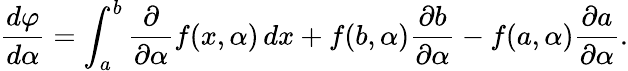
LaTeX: {\frac{d\varphi}{d\alpha}}=\int_{a}^{b}{\frac{\partial}{\partial\alpha}}f(x,\alpha)\, dx+f(b,\alpha){\frac{\partial b}{\partial\alpha}}-f(a,\alpha){\frac{\partial a}{\partial\alpha}}.